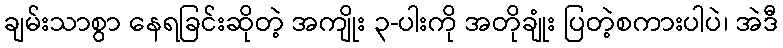
ချမ်းသာစွာ နေရခြင်းဆိုတဲ့ အကျိုး ၃-ပါးကို အတိုချုံး ပြတဲ့စကားပါပဲ၊ အဲဒီ